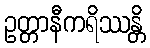
ဥတ္တာနီကရိဿန္တိ